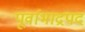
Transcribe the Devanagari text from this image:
पूर्वाभाद्रपद